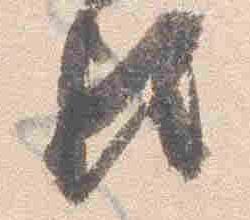
歟